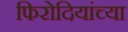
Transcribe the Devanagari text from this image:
फिरोदियांच्या